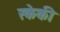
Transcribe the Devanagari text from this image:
स्केकी